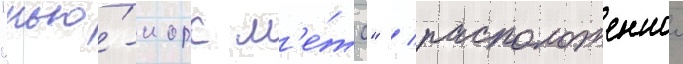
"нью́-иорк м'е́тс" / расположеннои